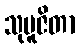
သုပူဇိတာ